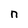
Character: n